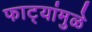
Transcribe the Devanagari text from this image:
फाट्यांमुळे